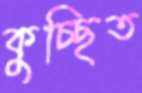
কুচ্ছিত